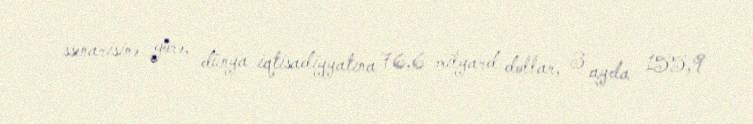
ssenarisinə görə, dünya iqtisadiyyatına 76,6 milyard dollar, 3 ayda 155,9